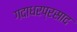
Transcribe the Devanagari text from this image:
गदाधरप्रसाद